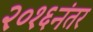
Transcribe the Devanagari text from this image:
२०१६नंतर